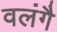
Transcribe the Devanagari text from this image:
वलंगै